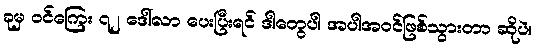
ခုမှ ဝင်ကြေး ၇၂ ဒေါ်လာ ပေးပြီးရင် ဒါတွေပါ အပါအဝင်ဖြစ်သွားတာ ဆိုပဲ။